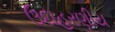
ઉદાહરણીય